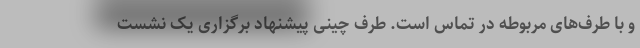
و با طرف‌های مربوطه در تماس است. طرف چینی پیشنهاد برگزاری یک نشست